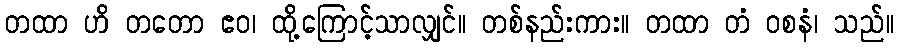
တထာ ဟိ တတော ဧဝ၊ ထို့ကြောင့်သာလျှင်။ တစ်နည်းကား။ တထာ တံ ဝစနံ၊ သည်။